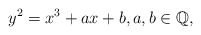
\begin{align*}y^2=x^3+ax+b, a,b\in \Bbb{Q},\end{align*}